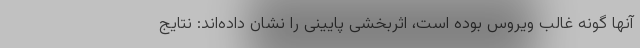
آنها گونه غالب ویروس بوده است، اثربخشی پایینی را نشان داده‌اند: نتایج